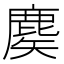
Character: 𪊢